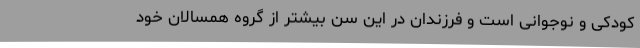
کودکی و نوجوانی است و فرزندان در این سن بیشتر از گروه همسالان خود